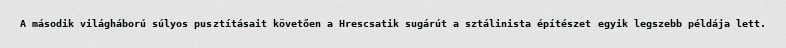
A második világháború súlyos pusztításait követően a Hrescsatik sugárút a sztálinista építészet egyik legszebb példája lett.